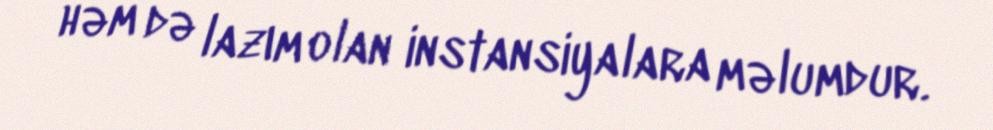
həm də lazım olan instansiyalara məlumdur.